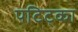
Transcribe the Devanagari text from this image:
पटिट्का